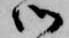
御